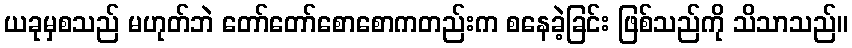
ယခုမှစသည် မဟုတ်ဘဲ တော်တော်စောစောကတည်းက စနေခဲ့ခြင်း ဖြစ်သည်ကို သိသာသည်။